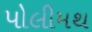
પોલીમથ